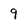
Character: 9